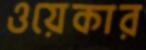
ওয়েকার